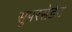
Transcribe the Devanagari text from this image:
सुपरसेडेड